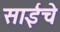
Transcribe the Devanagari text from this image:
साईंचे